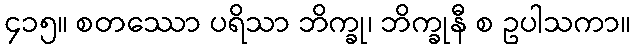
၄၁၅။ စတဿော ပရိသာ ဘိက္ခု၊ ဘိက္ခုနီ စ ဥပါသကာ။